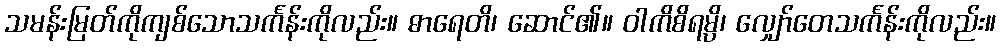
သမန်းမြတ်ကိုကျစ်သောသင်္ကန်းကိုလည်း။ ဓာရေတိ၊ ဆောင်၏။ ဝါကိစိရမ္ပိ၊ လျှော်တေသင်္ကန်းကိုလည်း။